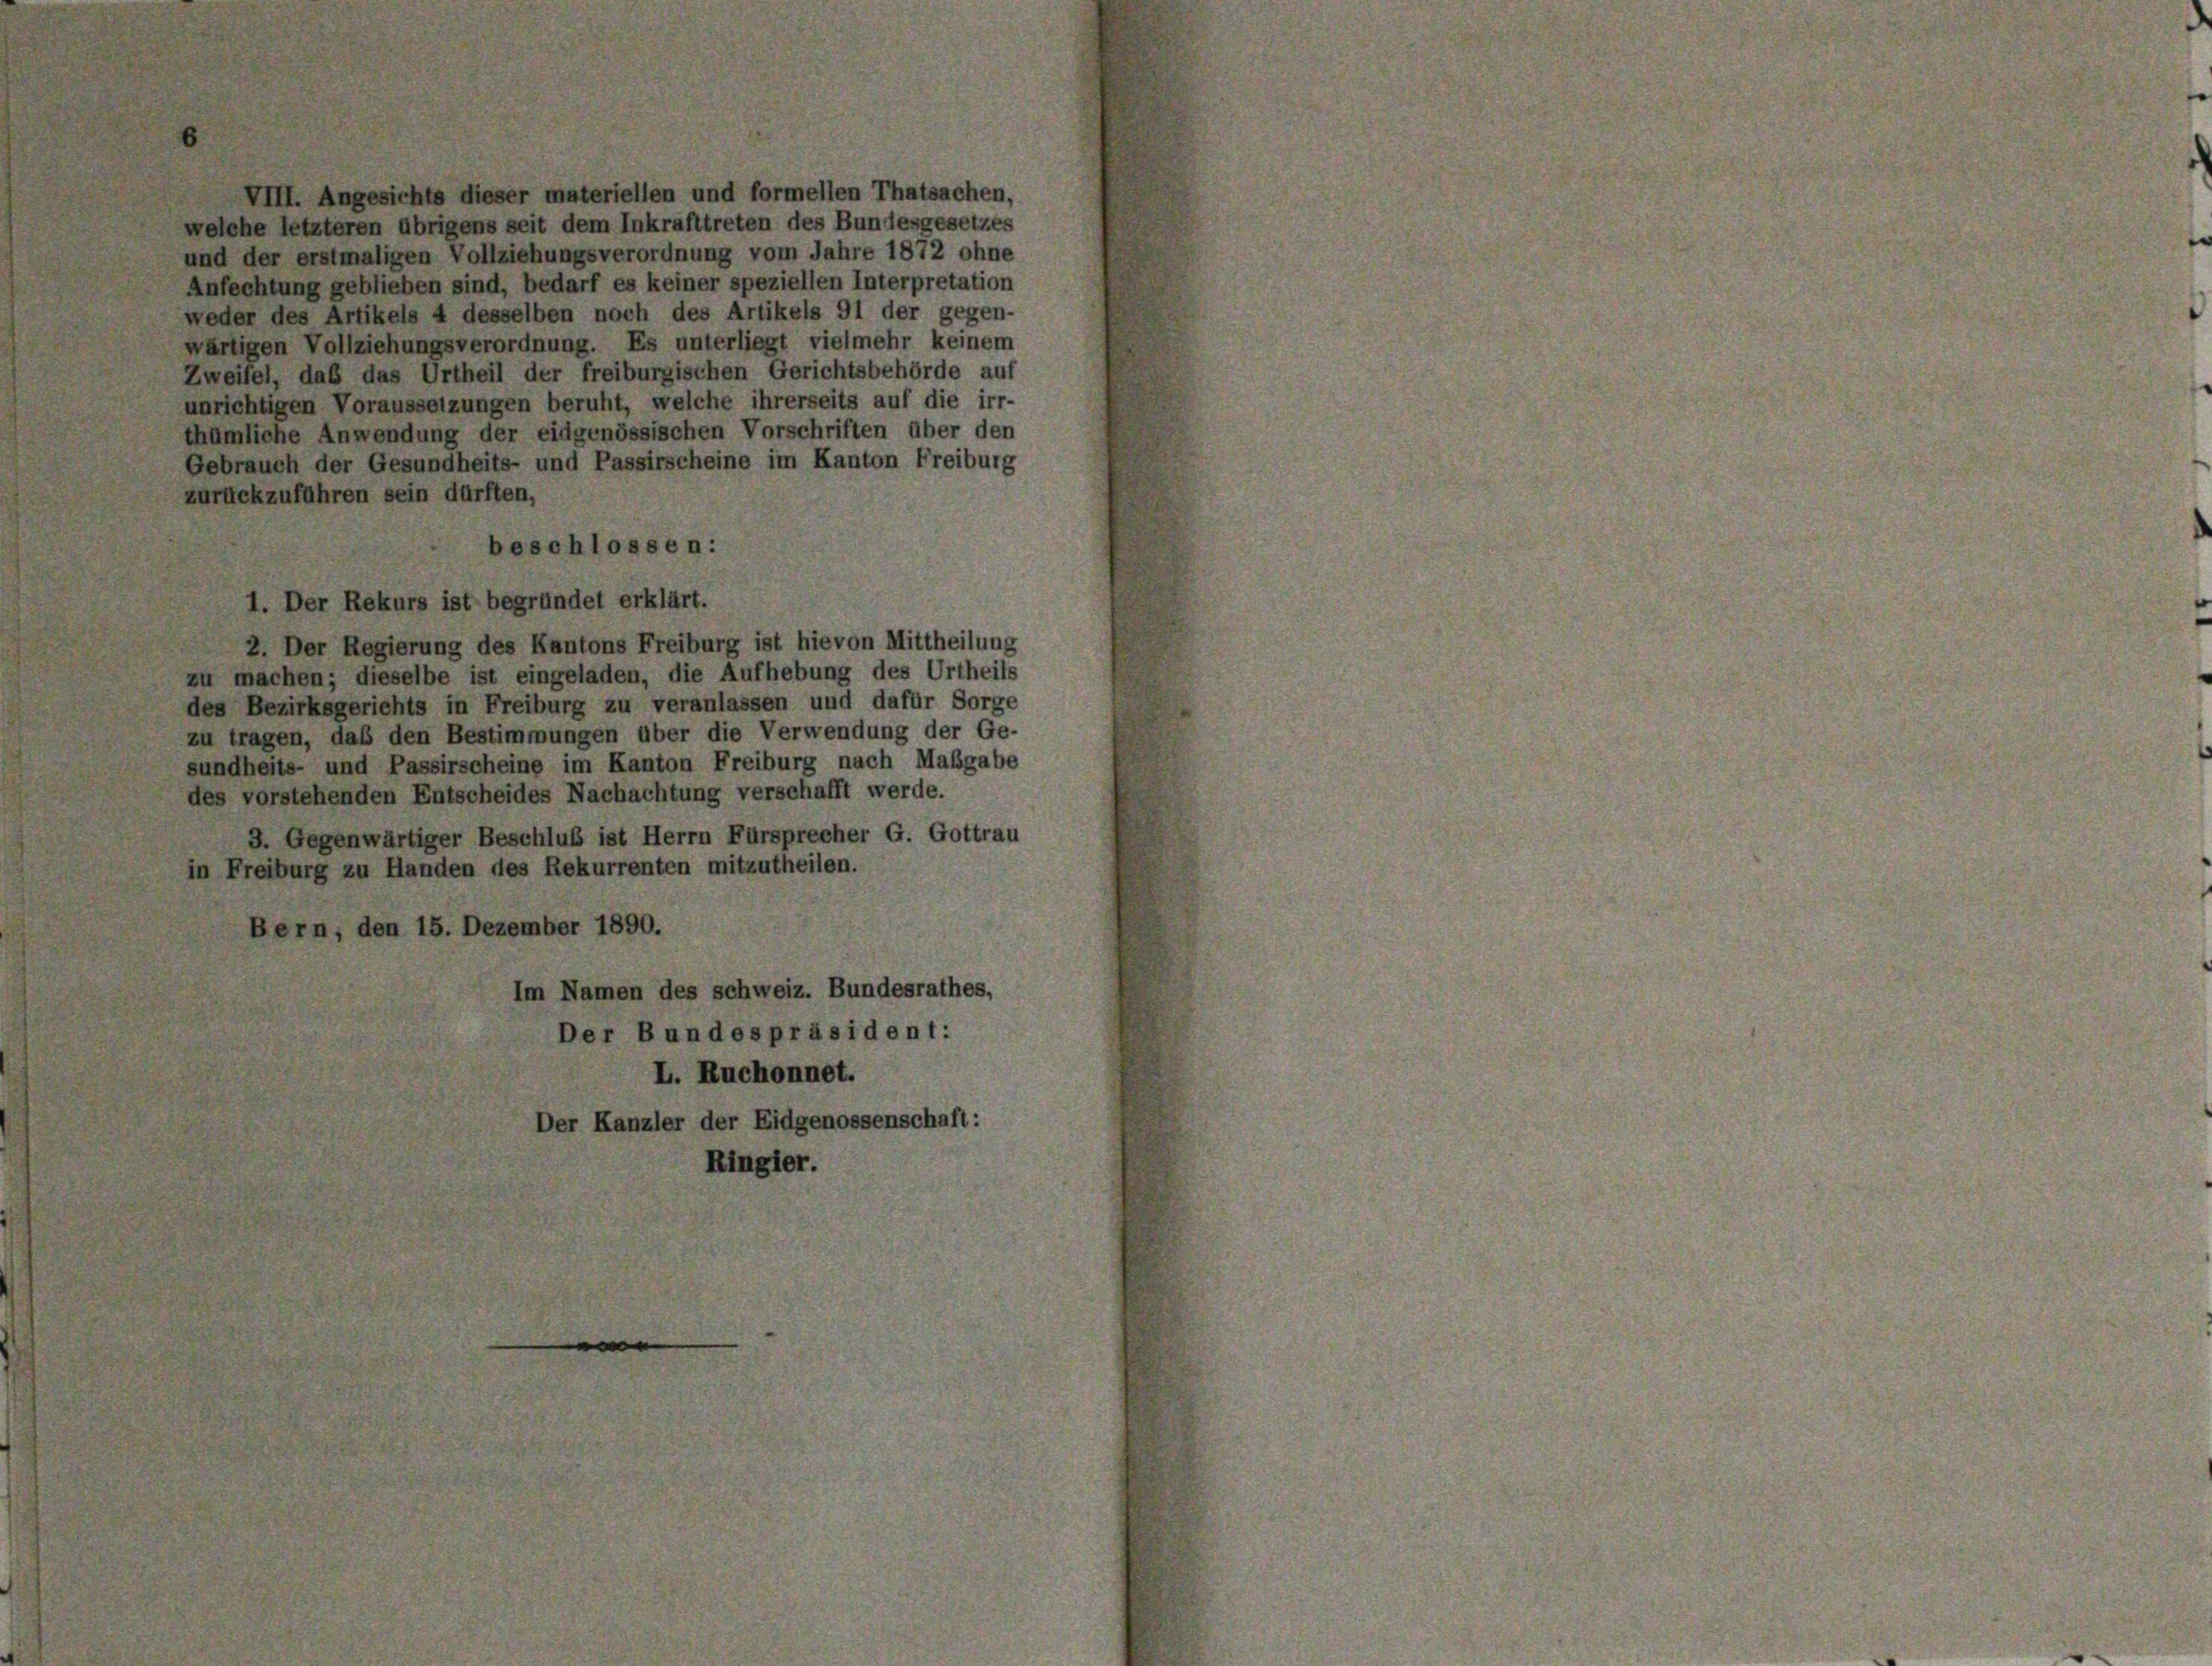
VIII. Angesichts dieser materiellen und formellen Thatsachen,
welche letzteren übrigens seit dem Inkrafttreten des Bundesgesetzes
und der erstmaligen Vollziehungsverordnung vom Jahre 1872 ohne
Anfechtung geblieben sind, bedarf es keiner speziellen Interpretation
weder des Artikels 4 desselben noch des Artikels 91 der gegen-
wärtigen Vollziehungsverordnung. Es unterliegt vielmehr keinem
Zweifel, daß das Urtheil der freiburgischen Gerichtsbehörde auf
unrichtigen Voraussetzungen beruht, welche ihrerseits auf die irr-
thümliche Anwendung der eidgenössischen Vorschriften über den
Gebrauch der Gesundheits- und Passirscheine im Kanton Freiburg
zurückzuführen sein dürften,
beschlossen:
2. Der Regierung des Kantons Freiburg ist hievon Mittheilung
zu machen; dieselbe ist eingeladen, die Aufhebung des Urtheils
des Bezirksgerichts in Freiburg zu veranlassen und dafür Sorge
zu tragen, daß den Bestimmungen über die Verwendung der Ge-
sundheits- und Passirscheine im Kanton Freiburg nach Maßgabe
des vorstehenden Entscheides Nachachtung verschafft werde.
3. Gegenwärtiger Beschluß ist Herrn Fürsprecher G. Gottrau
in Freiburg zu Handen des Rekurrenten mitzutheilen.
Bern, den 15. Dezember 1890.
Im Namen des schweiz. Bundesrathes,
Der Bundespräsident:
L. Ruchonnet.
Der Kanzler der Eidgenossenschaft:
Ringier.

1. Der Rekurs ist begründet erklärt.